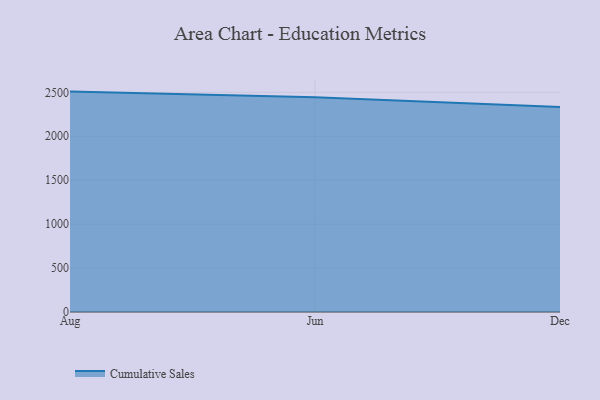
{"axis": {"x": "Month", "y": "Churn Rate (%)"}, "legend": ["Cumulative Sales"], "data": [{"x": "Aug", "y": 2508.4, "type": "Cumulative Sales"}, {"x": "Jun", "y": 2445.5, "type": "Cumulative Sales"}, {"x": "Dec", "y": 2333.0, "type": "Cumulative Sales"}]}